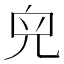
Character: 𠒇